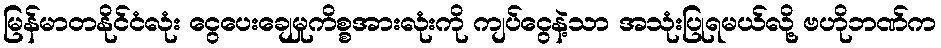
မြန်မာတနိုင်ငံလုံး ငွေပေးချေမှုကိစ္စအားလုံးကို ကျပ်ငွေနဲ့သာ အသုံးပြုရမယ်လို့ ဗဟိုဘဏ်က